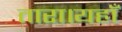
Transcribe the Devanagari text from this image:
तारा।यहाँ